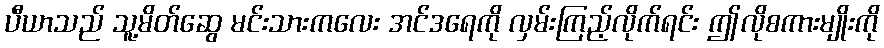
ပီယာသည် သူ့မိတ်ဆွေ မင်းသားကလေး အင်ဒရေကို လှမ်းကြည့်လိုက်ရင်း ဤလိုစကားမျိုးကို